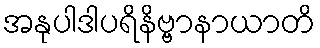
အနုပါဒါပရိနိဗ္ဗာနာယာတိ